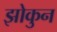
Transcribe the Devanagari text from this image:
झोकुन